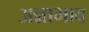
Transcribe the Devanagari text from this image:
अन्नाभाव